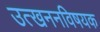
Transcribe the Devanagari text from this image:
उत्खननविषयक